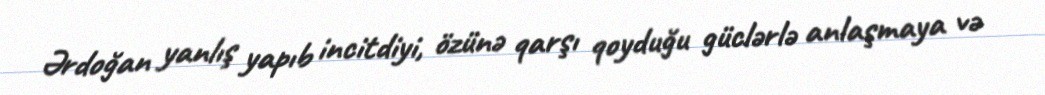
Ərdoğan yanlış yapıb incitdiyi, özünə qarşı qoyduğu güclərlə anlaşmaya və